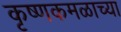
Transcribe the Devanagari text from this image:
कृष्णकमळाच्या